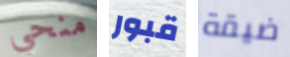
منحي قبور ضيقة